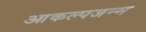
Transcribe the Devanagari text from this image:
आकल्पजन्म